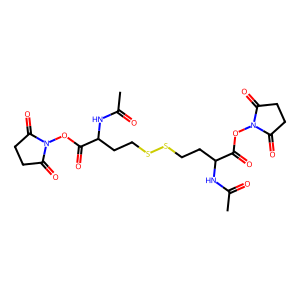
SMILES: CC(=O)NC(CCSSCCC(NC(C)=O)C(=O)ON1C(=O)CCC1=O)C(=O)ON1C(=O)CCC1=O
Inhibits HIV replication: No